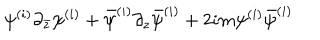
\psi ^ { ( i ) } \partial _ { \bar { z } } \psi ^ { ( i ) } + \bar { \psi } ^ { ( i ) } \partial _ { z } \bar { \psi } ^ { ( i ) } + 2 i m \psi ^ { ( i ) } \bar { \psi } ^ { ( i ) }